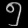
Digit: ၅